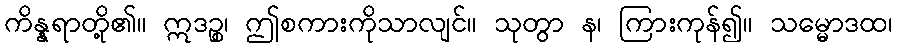
ကိန္နရာတို့၏။ ဣဒဉ္စ၊ ဤစကားကိုသာလျင်။ သုတွာ န၊ ကြားကုန်၍။ သမ္မောဒထ၊